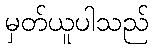
မှတ်ယူပါသည်